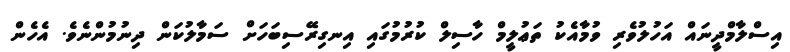
އިސްލާމްދީނައް އަހުލުވެރި ވުމާއެކު ތަޢުލީމް ހާސިލް ކުރުމުގައި އިނގިރޭސިބަހަށް ސަމާލުކަން ދިނުމުންނެވެ. އެހެން